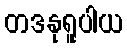
တဒနုရူပါယ